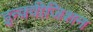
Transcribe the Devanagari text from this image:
इन्क्वीजिशन